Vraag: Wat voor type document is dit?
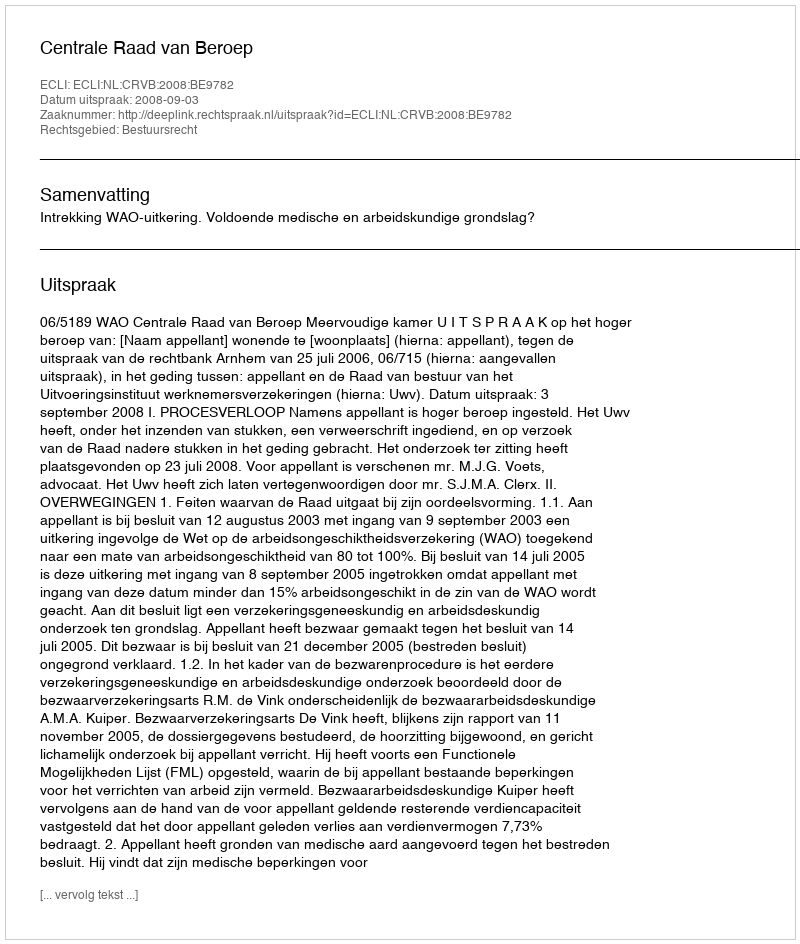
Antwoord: Uitspraak